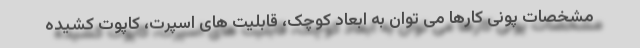
مشخصات پونی کارها می توان به ابعاد کوچک، قابلیت های اسپرت، کاپوت کشیده